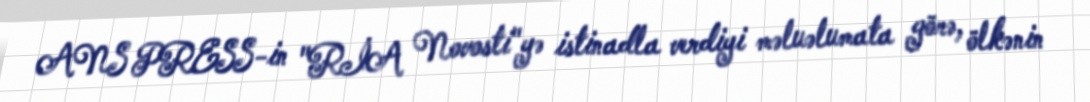
ANS PRESS-in "RİA Novosti"yə istinadla verdiyi məluəlumata görə, ölkənin